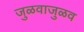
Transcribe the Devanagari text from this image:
जुळवाजुळव